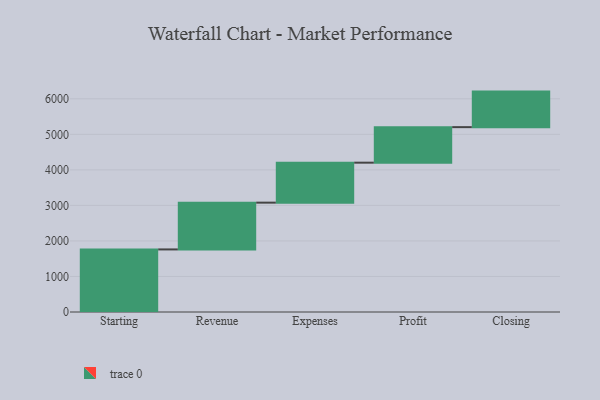
{"axis": {"x": "Step", "y": "Value"}, "legend": [""], "data": [{"x": "Starting", "y": 1761.0, "type": ""}, {"x": "Revenue", "y": 1316.0, "type": ""}, {"x": "Expenses", "y": 1125.0, "type": ""}, {"x": "Profit", "y": 1000, "type": ""}, {"x": "Closing", "y": 1000, "type": ""}]}